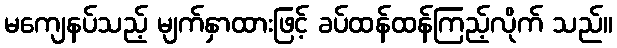
မကျေနပ်သည့် မျက်နှာထားဖြင့် ခပ်ထန်ထန်ကြည့်လိုက် သည်။